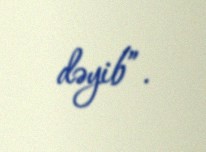
dəyib”.